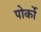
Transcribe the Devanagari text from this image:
पोर्को